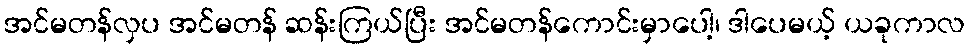
အင်မတန်လှပ အင်မတန် ဆန်းကြယ်ပြီး အင်မတန်ကောင်းမှာပေါ့၊ ဒါပေမယ့် ယခုကာလ